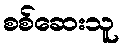
စစ်ဆေးသူ